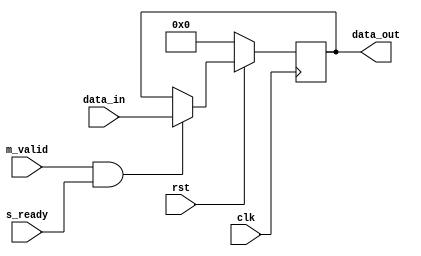
// 
`timescale 1ns/1ns
module handshake 
    #(parameter width = 4)
    (
	input clk,
	input rst,
	input m_valid,
	input s_ready,
	input [width-1:0] data_in,
	output reg [width-1:0] data_out 
    );
	
	always @(posedge clk) begin
		if (!rst) data_out <= 0;
		else if (m_valid && s_ready) data_out <= data_in;
		else data_out <= data_out;
	end

endmodule